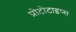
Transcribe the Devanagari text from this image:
प्रोटोटाइप्स